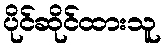
ပိုင်ဆိုင်ထားသူ